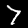
Digit: 7